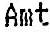
AMT